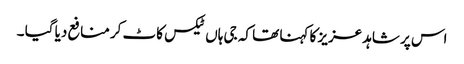
اس پر شاہد عزیز کا کہنا تھا کہ جی ہاں ٹیکس کاٹ کر منافع دیا گیا ۔